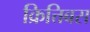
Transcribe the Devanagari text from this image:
क्रित्तिबस